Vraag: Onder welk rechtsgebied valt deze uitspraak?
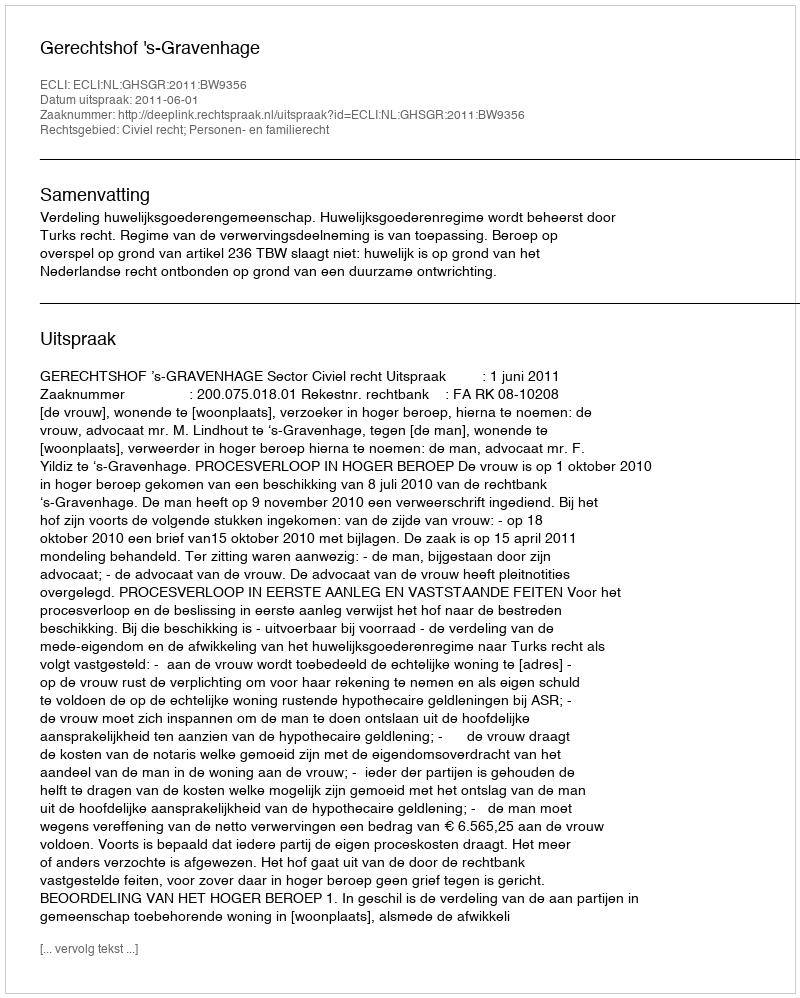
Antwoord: Civiel recht; Personen- en familierecht